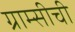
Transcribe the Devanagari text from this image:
ग्राम्सीची